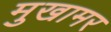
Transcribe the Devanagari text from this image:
मुखामर